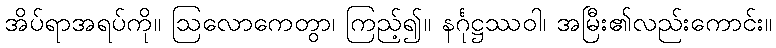
အိပ်ရာအရပ်ကို။ ဩလောကေတွာ၊ ကြည့်၍။ နင်္ဂုဋ္ဌဿဝါ၊ အမြီး၏လည်းကောင်း။